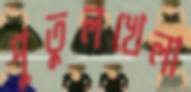
পুতুলখেলা